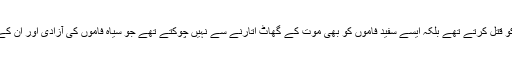
تنظیم کے ارکان نہ صرف سیاہ فاموں کو قتل کرتے تھے بلکہ ایسے سفید فاموں کو بھی موت کے گھاٹ اتارنے سے نہیں چوکتے تھے جو سیاہ فاموں کی آزادی اور ان کے برابری کے حقوق کے حمایتی تھے ۔